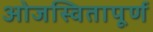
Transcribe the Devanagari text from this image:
ओजस्वितापूर्ण